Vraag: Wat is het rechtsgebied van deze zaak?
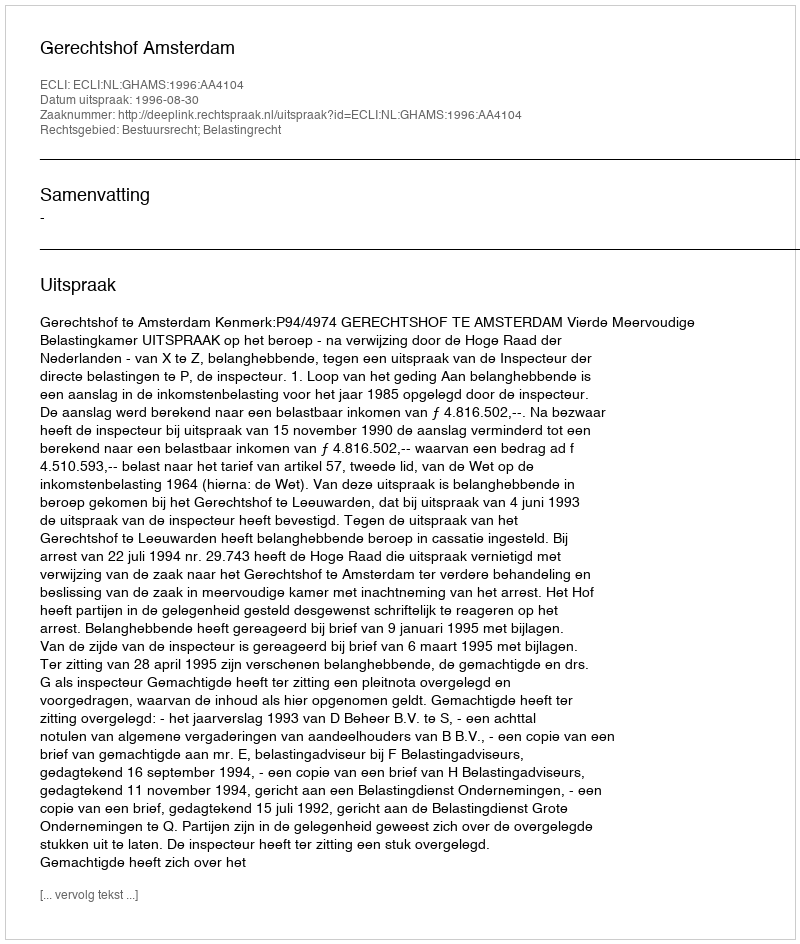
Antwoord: Bestuursrecht; Belastingrecht